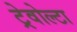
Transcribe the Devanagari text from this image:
ट्रेवोल्टा